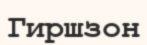
Гиршзон